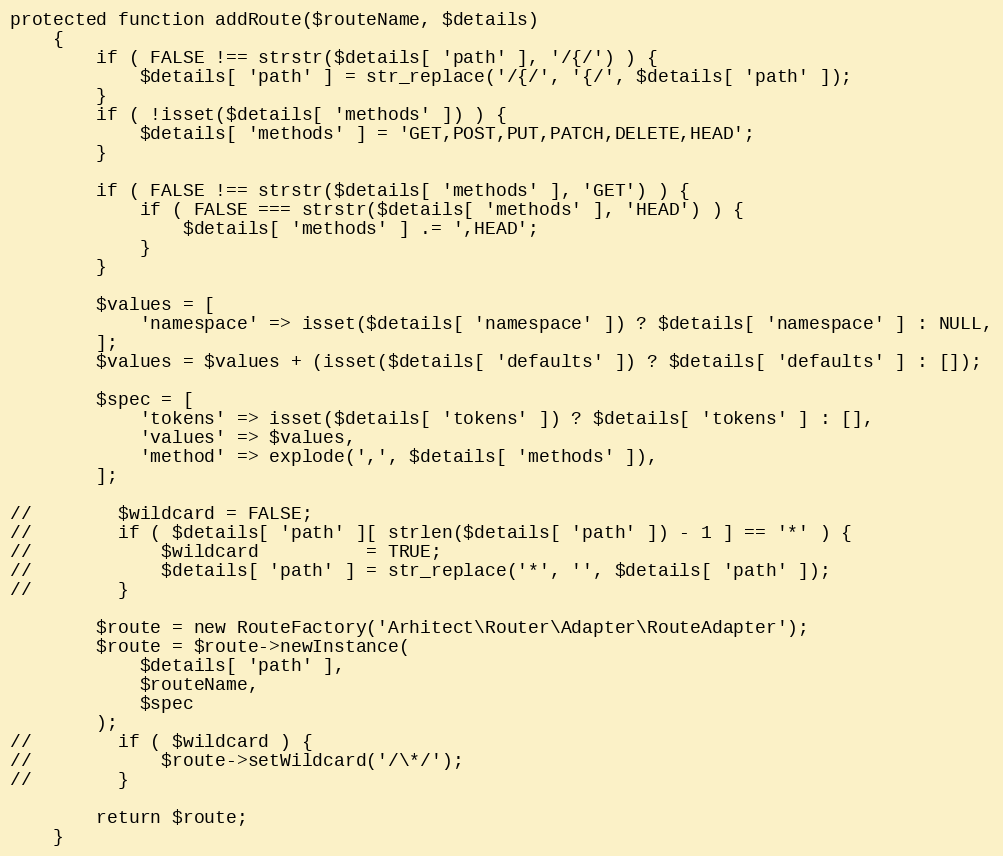
Language: PHP
protected function addRoute($routeName, $details)
    {
        if ( FALSE !== strstr($details[ 'path' ], '/{/') ) {
            $details[ 'path' ] = str_replace('/{/', '{/', $details[ 'path' ]);
        }
        if ( !isset($details[ 'methods' ]) ) {
            $details[ 'methods' ] = 'GET,POST,PUT,PATCH,DELETE,HEAD';
        }

        if ( FALSE !== strstr($details[ 'methods' ], 'GET') ) {
            if ( FALSE === strstr($details[ 'methods' ], 'HEAD') ) {
                $details[ 'methods' ] .= ',HEAD';
            }
        }

        $values = [
            'namespace' => isset($details[ 'namespace' ]) ? $details[ 'namespace' ] : NULL,
        ];
        $values = $values + (isset($details[ 'defaults' ]) ? $details[ 'defaults' ] : []);

        $spec = [
            'tokens' => isset($details[ 'tokens' ]) ? $details[ 'tokens' ] : [],
            'values' => $values,
            'method' => explode(',', $details[ 'methods' ]),
        ];

//        $wildcard = FALSE;
//        if ( $details[ 'path' ][ strlen($details[ 'path' ]) - 1 ] == '*' ) {
//            $wildcard          = TRUE;
//            $details[ 'path' ] = str_replace('*', '', $details[ 'path' ]);
//        }

        $route = new RouteFactory('Arhitect\Router\Adapter\RouteAdapter');
        $route = $route->newInstance(
            $details[ 'path' ],
            $routeName,
            $spec
        );
//        if ( $wildcard ) {
//            $route->setWildcard('/\*/');
//        }

        return $route;
    }